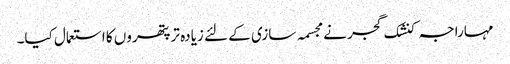
مہاراجہ کنشک گجر نے مجسمہ سازی کے لئے زیادہ تر پتھروں کا استعمال کیا۔